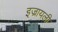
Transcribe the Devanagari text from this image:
इज्रायली